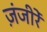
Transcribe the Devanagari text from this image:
ज़ंजीरें